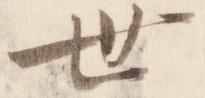
世